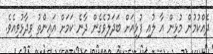
ދެއްކުމުން މުޅިން އާ ލުއި ފުޅިއަށް ބަދަލުވެގެން ދާނެ ކަމަށް އައިންތު ވިދާޅުވިއެވެ.